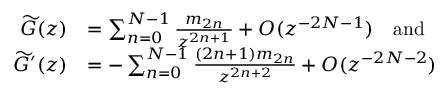
\begin{array} { r l } { \widetilde { G } ( z ) } & { = \sum _ { n = 0 } ^ { N - 1 } \frac { m _ { 2 n } } { z ^ { 2 n + 1 } } + O ( z ^ { - 2 N - 1 } ) \quad \mathrm { a n d } } \\ { \widetilde { G } ^ { \prime } ( z ) } & { = - \sum _ { n = 0 } ^ { N - 1 } \frac { ( 2 n + 1 ) m _ { 2 n } } { z ^ { 2 n + 2 } } + O ( z ^ { - 2 N - 2 } ) } \end{array}